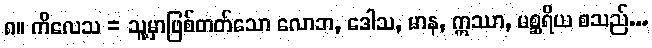
၈။ ကိလေသ = သူ့မှာဖြစ်တတ်သော လောဘ, ဒေါသ, မာန, ဣဿာ, မစ္ဆရိယ စသည်...